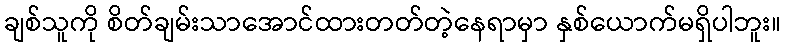
ချစ်သူကို စိတ်ချမ်းသာအောင်ထားတတ်တဲ့နေရာမှာ နှစ်ယောက်မရှိပါဘူး။